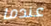
عندما